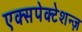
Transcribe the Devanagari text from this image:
एक्सपेक्टेशन्ज़